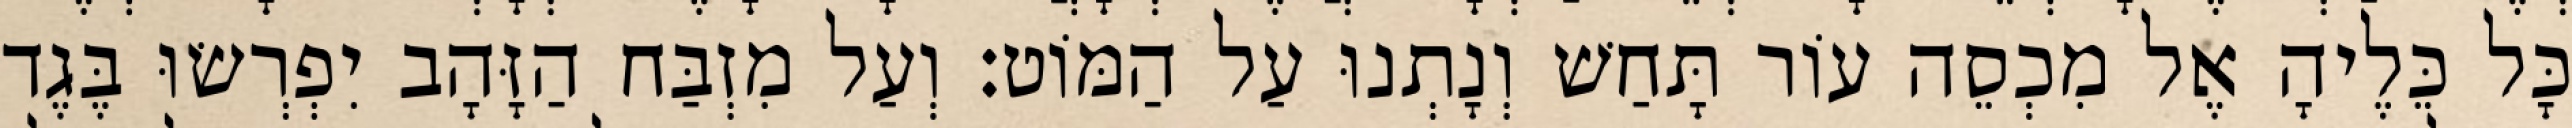
כָּל כֵּלֶיהָ אֶל מִכְסֵה עוֹר תָּחַשׁ וְנָתְנוּ עַל הַמּוֹט׃ וְעַל מִזְבַּח הַזָּהָב יִפְרְשׂוּ בֶּגֶד